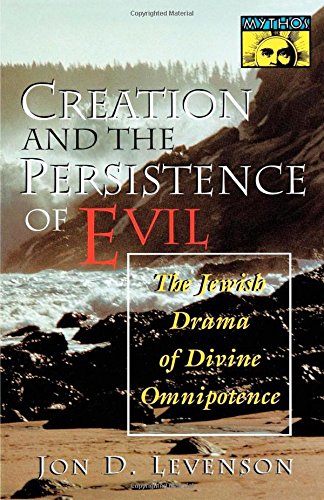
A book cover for Creation and the Persistence of Evil; Jon D. Levenson; Religion & Spirituality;